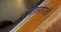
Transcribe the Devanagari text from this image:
चवीसारखी